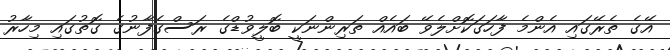
އޭގެ ތެރޭގައި އެންމެ ފާހަގަކޮށްލެވޭ ބައެއް ތަރިންނަކީ ބޮލީވުޑްގެ ރަސްގެފާނުގެ ގޮތުގައި މިހާރު